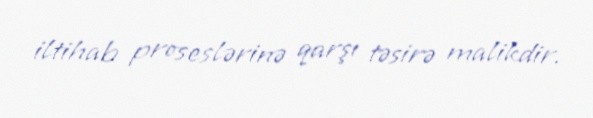
iltihab proseslərinə qarşı təsirə malikdir.